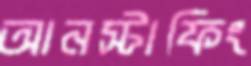
আনস্টাফিং